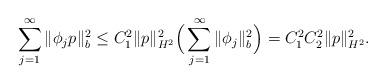
LaTeX: \begin{align*}\sum_{j=1}^\infty \|\phi_j p\|_b^2\le C_1^2\|p\|_{H^2}^2 \Big(\sum_{j=1}^\infty \|\phi_j \|_b^2 \Big)=C_1^2C_2^2\|p\|_{H^2}^2.\end{align*}